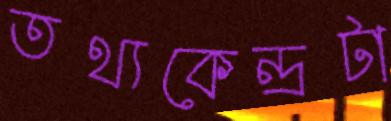
তথ্যকেন্দ্রটা